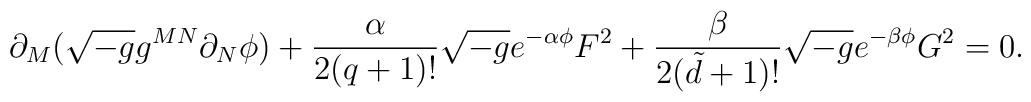
\partial _{M}(\sqrt{-g}g^{MN}\partial _{N }\phi ) + \frac{\alpha}{2(q+1)!}\sqrt{-g}e^{-\alpha \phi}F^{2}+ \frac{\beta }{2({\tilde d}+1)!}\sqrt{-g}e^{-\beta \phi}G^{2}=0.